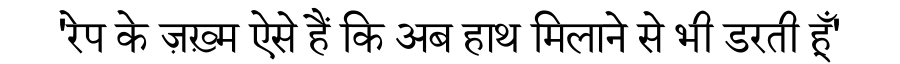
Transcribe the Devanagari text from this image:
'रेप के ज़ख़्म ऐसे हैं कि अब हाथ मिलाने से भी डरती हूँ'